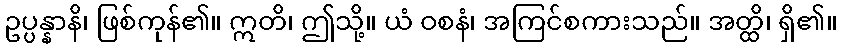
ဥပ္ပန္နာနိ၊ ဖြစ်ကုန်၏။ ဣတိ၊ ဤသို့။ ယံ ဝစနံ၊ အကြင်စကားသည်။ အတ္ထိ၊ ရှိ၏။